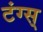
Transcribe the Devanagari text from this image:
टंग्स्